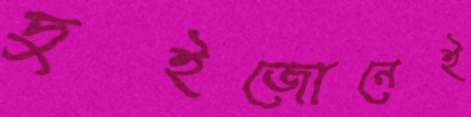
দুইজোনেই